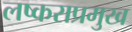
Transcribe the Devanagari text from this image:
लष्कराप्रमुख